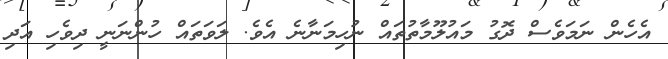
އެހެން ނަމަވެސް ދޮގު މައުލޫމާތުތައް ނުހިމަނާނެ އެވެ. ލަވަތައް ހުންނަނީ ދިވެހި އަދި